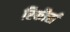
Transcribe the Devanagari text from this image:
रिकौर्स